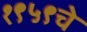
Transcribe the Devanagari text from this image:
१९५९चे